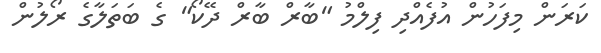
ކަރަން މިފަހުން އުފެއްދި ފިލްމު "ބާރް ބާރް ދޭކޯ" ގެ ބަތަލާގެ ރޯލުން